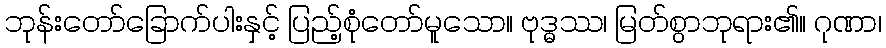
ဘုန်းတော်ခြောက်ပါးနှင့် ပြည့်စုံတော်မူသော။ ဗုဒ္ဓဿ၊ မြတ်စွာဘုရား၏။ ဂုဏာ၊